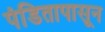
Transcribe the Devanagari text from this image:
पंडितापासून